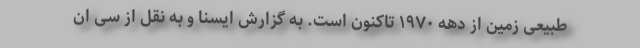
طبیعی زمین از دهه ۱۹۷۰ تاکنون است. به گزارش ایسنا و به نقل از سی ان